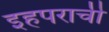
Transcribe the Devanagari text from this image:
इहपराची